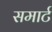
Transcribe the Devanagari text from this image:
समार्ट